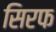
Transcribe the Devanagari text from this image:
सिरफ